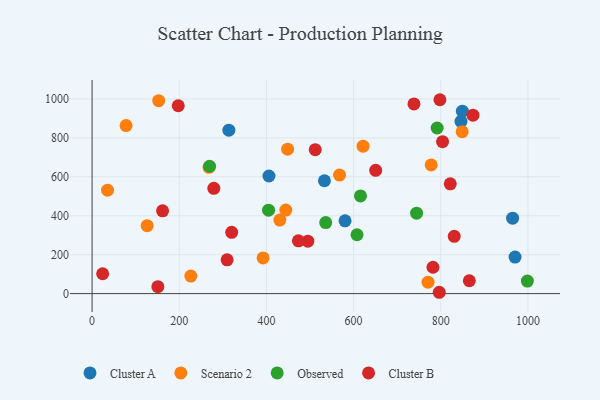
{"axis": {"x": "Experience", "y": "Salary"}, "legend": ["Cluster A", "Cluster B", "Observed", "Scenario 2"], "data": [{"x": "405.8", "y": 604.3, "type": "Cluster A"}, {"x": "846.4", "y": 885.0, "type": "Cluster A"}, {"x": "533.1", "y": 579.7, "type": "Cluster A"}, {"x": "580.4", "y": 373.7, "type": "Cluster A"}, {"x": "964.8", "y": 387.6, "type": "Cluster A"}, {"x": "849.6", "y": 937.4, "type": "Cluster A"}, {"x": "313.8", "y": 839.7, "type": "Cluster A"}, {"x": "970.4", "y": 187.5, "type": "Cluster A"}, {"x": "152.8", "y": 991.3, "type": "Scenario 2"}, {"x": "35.5", "y": 531.2, "type": "Scenario 2"}, {"x": "430.8", "y": 378.0, "type": "Scenario 2"}, {"x": "444.5", "y": 429.1, "type": "Scenario 2"}, {"x": "226.6", "y": 90.2, "type": "Scenario 2"}, {"x": "849.1", "y": 832.2, "type": "Scenario 2"}, {"x": "778.0", "y": 661.2, "type": "Scenario 2"}, {"x": "268.2", "y": 648.6, "type": "Scenario 2"}, {"x": "448.6", "y": 742.0, "type": "Scenario 2"}, {"x": "126.3", "y": 348.9, "type": "Scenario 2"}, {"x": "621.7", "y": 757.5, "type": "Scenario 2"}, {"x": "770.8", "y": 58.8, "type": "Scenario 2"}, {"x": "78.0", "y": 863.4, "type": "Scenario 2"}, {"x": "567.7", "y": 609.2, "type": "Scenario 2"}, {"x": "392.3", "y": 183.3, "type": "Scenario 2"}, {"x": "791.7", "y": 850.8, "type": "Observed"}, {"x": "607.8", "y": 302.4, "type": "Observed"}, {"x": "269.6", "y": 654.4, "type": "Observed"}, {"x": "744.5", "y": 413.3, "type": "Observed"}, {"x": "998.7", "y": 64.4, "type": "Observed"}, {"x": "615.8", "y": 501.6, "type": "Observed"}, {"x": "404.9", "y": 428.5, "type": "Observed"}, {"x": "536.0", "y": 364.8, "type": "Observed"}, {"x": "738.5", "y": 974.7, "type": "Cluster B"}, {"x": "309.8", "y": 173.5, "type": "Cluster B"}, {"x": "830.9", "y": 294.5, "type": "Cluster B"}, {"x": "782.1", "y": 135.4, "type": "Cluster B"}, {"x": "804.1", "y": 780.6, "type": "Cluster B"}, {"x": "821.8", "y": 564.2, "type": "Cluster B"}, {"x": "150.9", "y": 35.7, "type": "Cluster B"}, {"x": "495.0", "y": 269.3, "type": "Cluster B"}, {"x": "279.3", "y": 540.8, "type": "Cluster B"}, {"x": "650.7", "y": 633.2, "type": "Cluster B"}, {"x": "197.7", "y": 965.1, "type": "Cluster B"}, {"x": "798.0", "y": 996.1, "type": "Cluster B"}, {"x": "512.0", "y": 739.4, "type": "Cluster B"}, {"x": "865.5", "y": 65.9, "type": "Cluster B"}, {"x": "796.5", "y": 6.8, "type": "Cluster B"}, {"x": "473.4", "y": 271.0, "type": "Cluster B"}, {"x": "873.9", "y": 916.6, "type": "Cluster B"}, {"x": "24.2", "y": 101.9, "type": "Cluster B"}, {"x": "320.3", "y": 314.8, "type": "Cluster B"}, {"x": "161.7", "y": 425.3, "type": "Cluster B"}]}